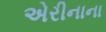
એરીનાના